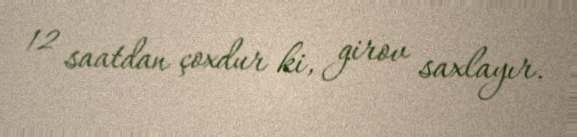
12 saatdan çoxdur ki, girov saxlayır.